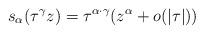
LaTeX: \begin{align*} s_{\alpha}(\tau^{\gamma}z)=\tau^{\alpha\cdot \gamma}(z^{\alpha}+o(|\tau|))\end{align*}